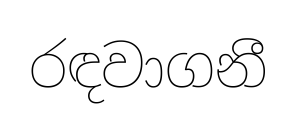
රඳවාගනී